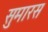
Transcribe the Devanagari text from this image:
सुमारस